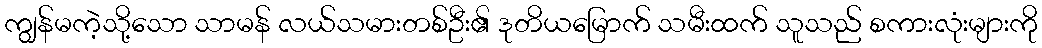
ကျွန်မကဲ့သို့သော သာမန် လယ်သမားတစ်ဦး၏ ဒုတိယမြောက် သမီးထက် သူသည် စကားလုံးများကို